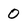
Character: 0